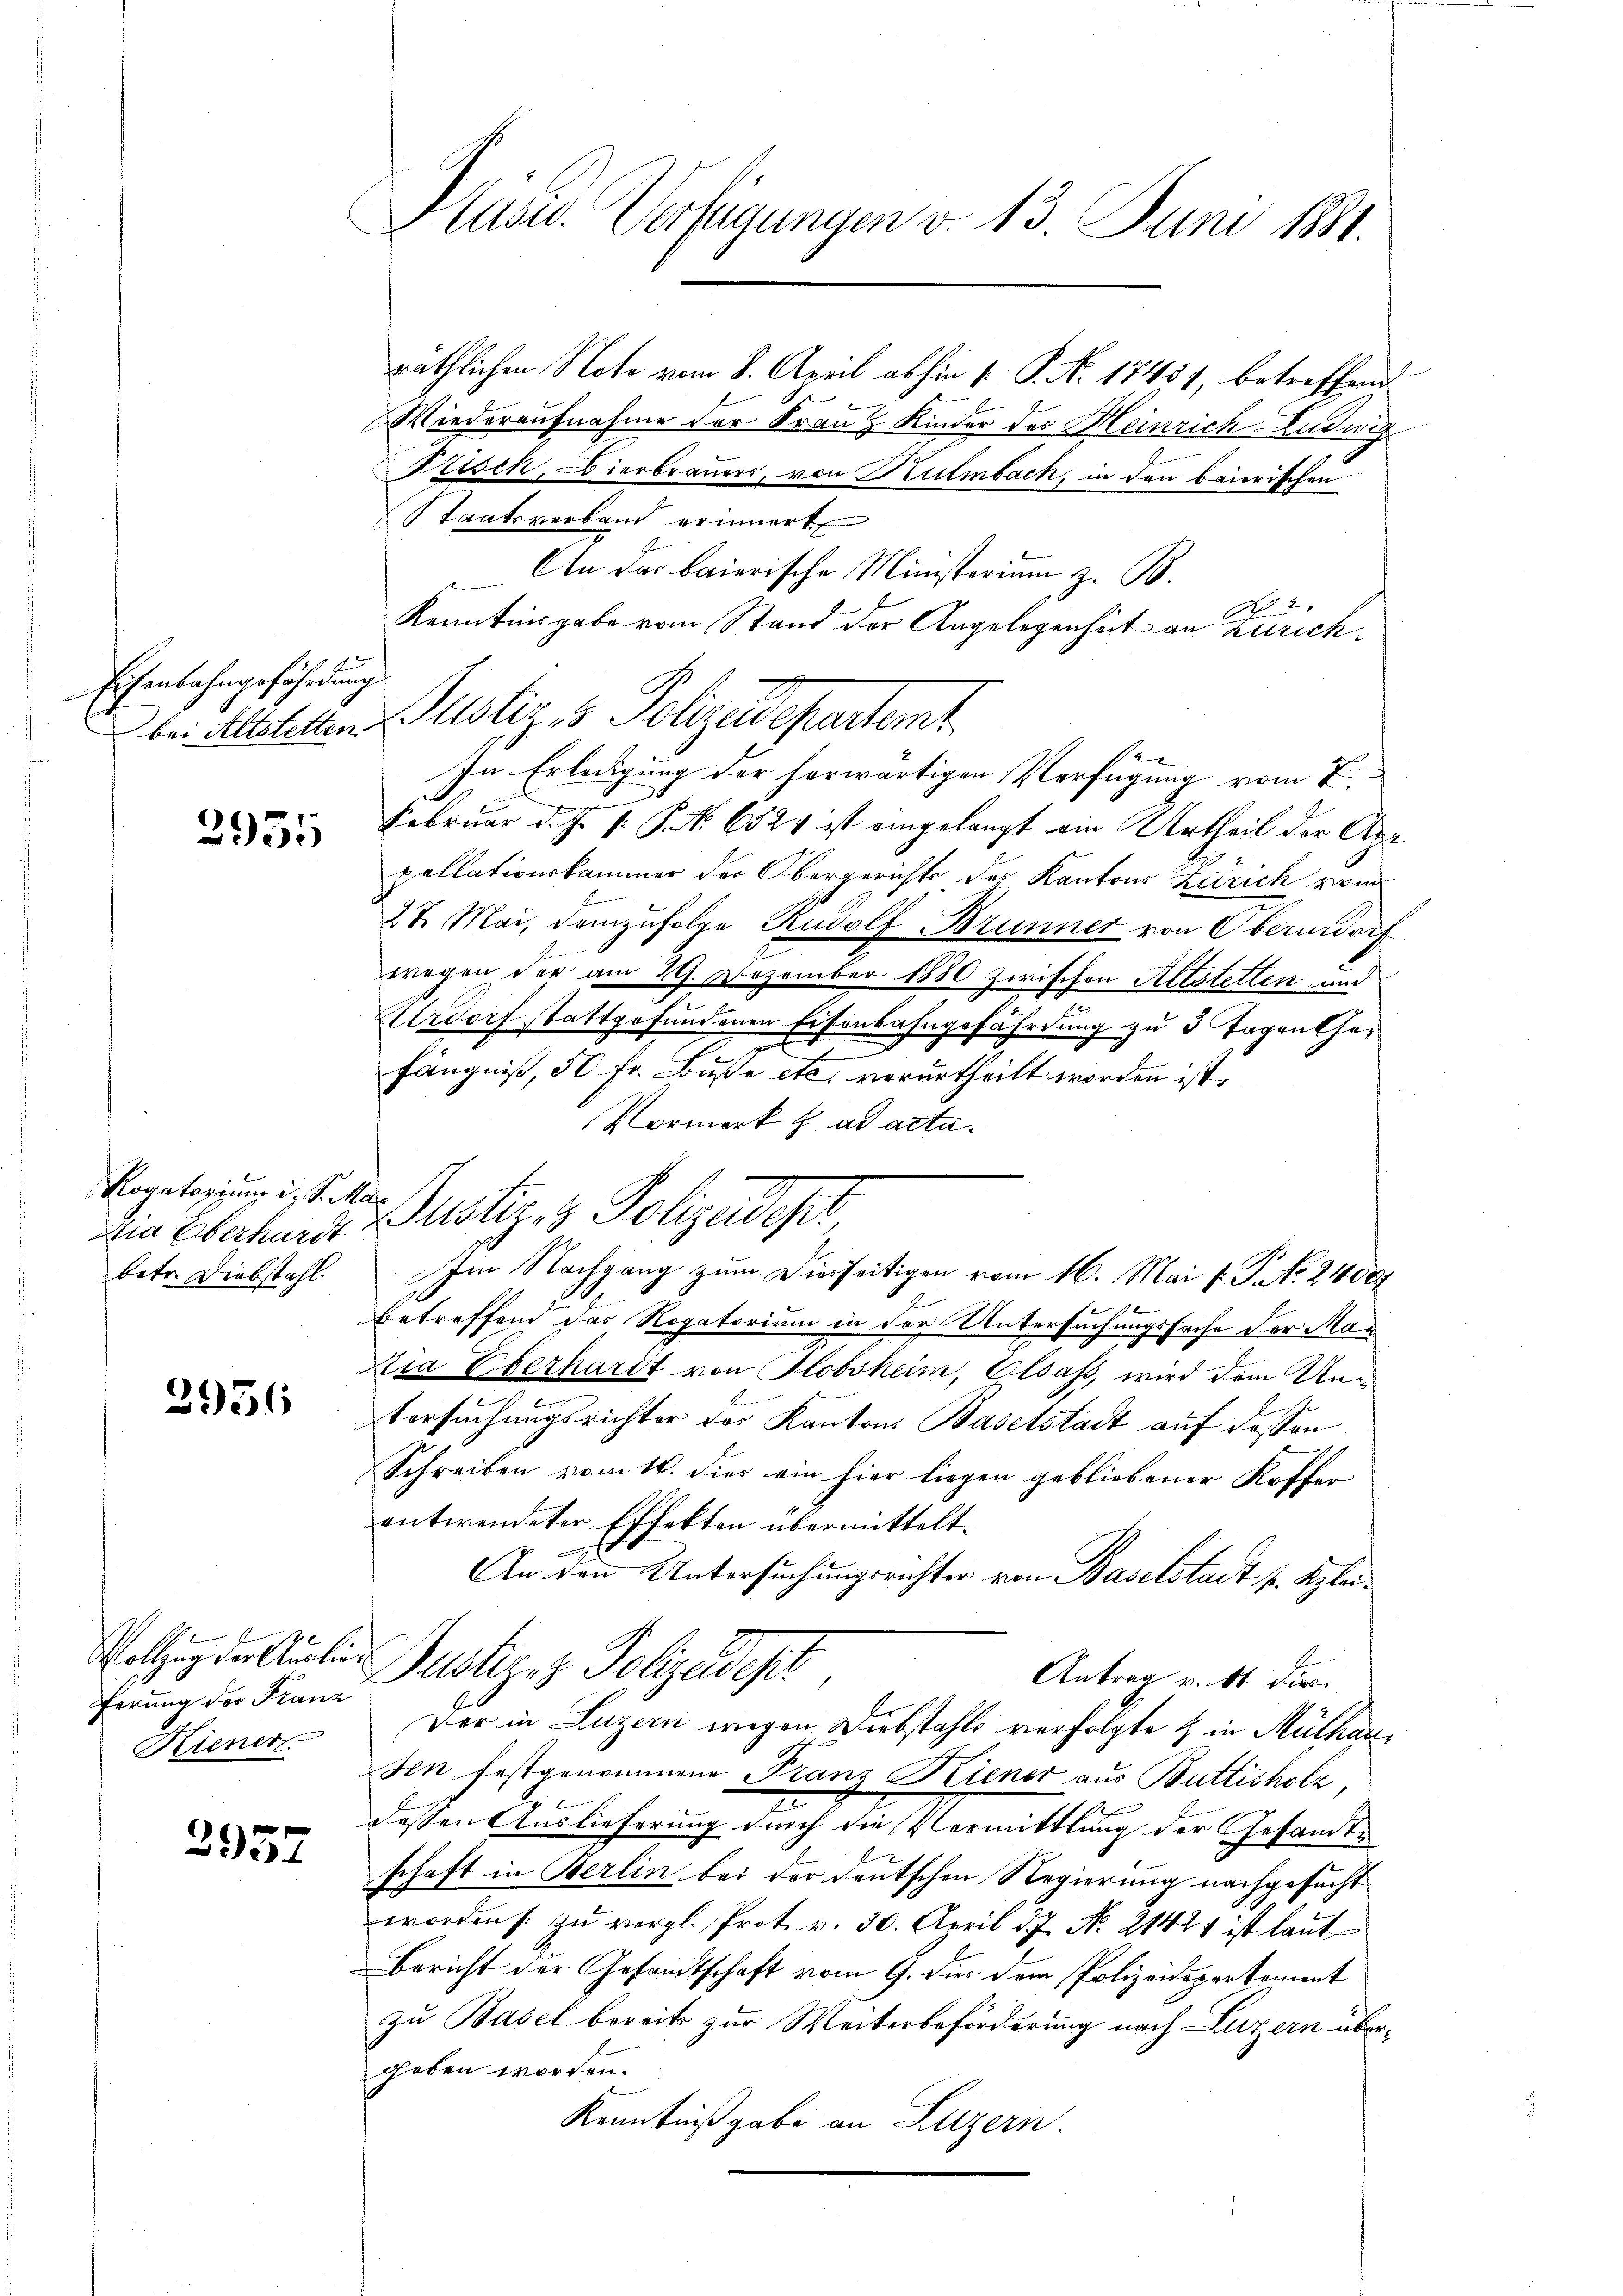
Eisenbahngefährdung

3951

Rogatorium i. S. Mar
betr. Diebstahl.

2956

ferung der Franz
Hienert.

2957

Präsid. Verfügungen v. 13. Juni 1891.

räthlichen Note vom 8. April abhin [ P. No. 17457, betreffend
Wiederaufnahme der Franz Kinder des Heinrich-Ludwig
Prisch, Bierbrauers, von Kulmbach, in den baierischen
taatsverband erinnert
 An das Baierische Ministerium z. B.
2
Kenntnisgabe vom Stand der Angelegenheit an Zürichven ange |
Februar d. J. P. P. Nr. 6524 ist eingelangt ein Urtheil der App
pellationskammer der Obergerichts des Kantons Zürich wi
1
27. Mai, demzufolge Rudolf Brunner von Oberurdorf
wegen der am 29. Dezember 1880 zwischen Altstetten und
Urdorf stattgefundenen Eisenbahngefährdung zu 3 Tagenthe¬
.
fängniß, 50 fr. Buße etc. verurtheilt worden ist.
Normerk z. ad acta.
Amn Eberhardt Justiz- & Polizeidept,
Im Nachgang zum Dierseitigen vom 16. Mai v. P. No. 2400
betreffend das Rogatorium in der Untersuchungssache der Mazia Überhardt von Glossheim, Glsaß, wird dem Untersuchungsrichter des Kantons Baselstadt auf dessen
Schreiben vom 11. dies ein hier liegen gebliebener Koffer
entwendeter Effekten übermittelt.
e
An dann Untersuchungsrichter von Baselstadt p. Klei¬
Vollzug der Aula Justiziz Polizeidest
Antrag v. 11. dies
Der in Luzern wegen Diebstahls verfolgte & in Mülhau¬
Hn festgenommene Franz Kiener aus Butticholz
dessen Auslieferung durch die Vormittlung der Gesandte
schaft in Berlin bei der deutschen Regierung nachgesucht
worden s. zu vergl. Prot. v. 30. April d.J. N. 21421 ist laut
Bericht der Gesandtschaft vom 9. dir dem Polizeidepartement
zu Basel bereits zur Weiterbeförderung nach Luzern übergeben worden.
Kenntnißgabe an Luzern.

bei Altsteten Pustiz & Polizeidepartemt

In Erledigung der horwärtigen Verfügung vom 7.